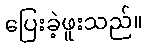
ပြေးခဲ့ဖူးသည်။